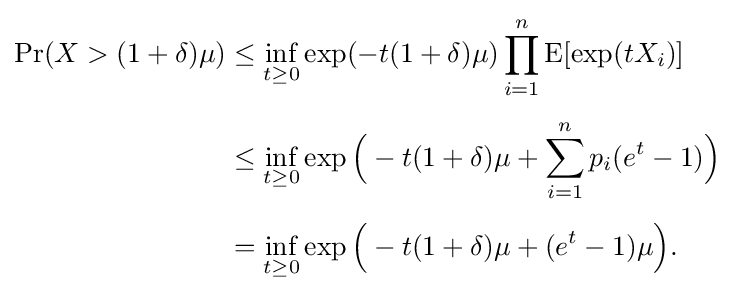
{\begin{aligned}\Pr(X>(1+\delta )\mu )&\leq \inf _{t\geq 0}\exp(-t(1+\delta )\mu )\prod _{i=1}^{n}\operatorname {E} [\exp(tX_{i})]\\[4pt]&\leq \inf _{t\geq 0}\exp {\Big (}-t(1+\delta )\mu +\sum _{i=1}^{n}p_{i}(e^{t}-1){\Big )}\\[4pt]&=\inf _{t\geq 0}\exp {\Big (}-t(1+\delta )\mu +(e^{t}-1)\mu {\Big )}.\end{aligned}}